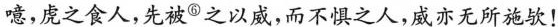
噫，虑之食人，先被⑤之以威，而不惧之人，威亦无所施欤！